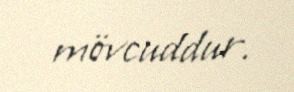
mövcuddur.